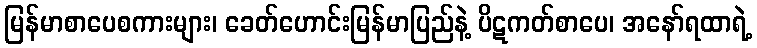
မြန်မာစာပေစကားများ၊ ခေတ်ဟောင်းမြန်မာပြည်နဲ့ ပိဋကတ်စာပေ၊ အနော်ရထာရဲ့